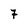
Character: 7